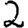
Digit: 2